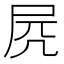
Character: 𡱂